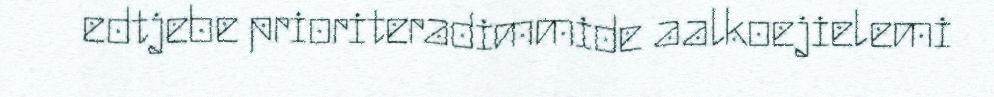
edtjebe prioriteradimmide aalkoejielemi